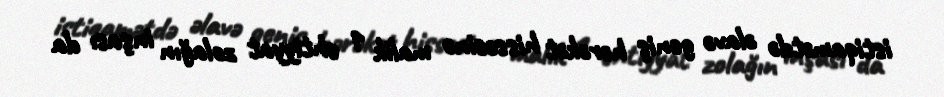
istiqamətdə əlavə geniş hərəkət hissəsinə malik 1 ehtiyyat zolağın inşası da